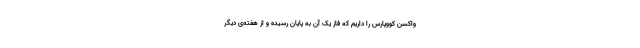
واکسن کووپارس را داریم که فاز یک آن به پایان رسیده و از هفته‌ی دیگر